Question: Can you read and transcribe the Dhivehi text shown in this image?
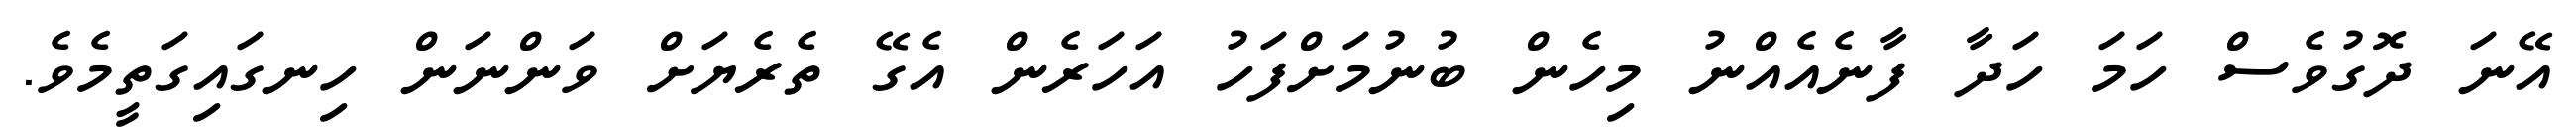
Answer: އޭނަ ދޮގުވެސް ހަމަ ހަދާ ފާނެއެއްނު މިހެން ބުނުމަށްފަހު އަހަރެން އެގޭ ތެރެޔަށް ވަންނަން ހިނގައިގަތީމެވެ.